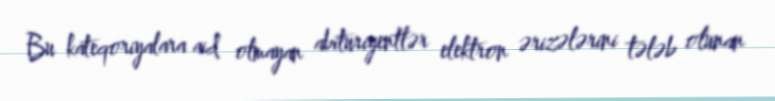
Bu kateqoriyalara aid olmayan abituriyentlər elektron ərizələrini tələb olunan